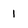
Character: I